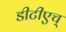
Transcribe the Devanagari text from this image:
डीटीएच्‌